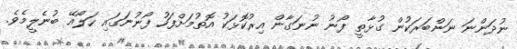
ނުދަންނަ ނަންބަރަކުން ގުޅާތީ ފޯނު ނުނަގާން އިރުކޮޅަކު އޮތުމަށްފަހު ފޯނުނަގައި ހަލޯއޭ ބުނެލީމެވެ.